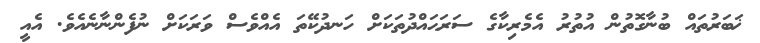
ޚަބަރުތައް ބުނާގޮތުން އުތުރު އެމެރިކާގެ ސަރަޙައްދުތަކަށް ހަނދުކޭތަ އެއްވެސް ވަރަކަށް ނުފެންނާނެއެވެ. އެއީ